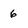
Character: 6